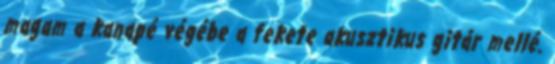
magam a kanapé végébe a fekete akusztikus gitár mellé.